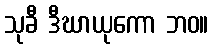
သုခီ ဒီဃာယုကော ဘဝ။